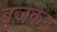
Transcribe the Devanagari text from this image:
बूज़कैन